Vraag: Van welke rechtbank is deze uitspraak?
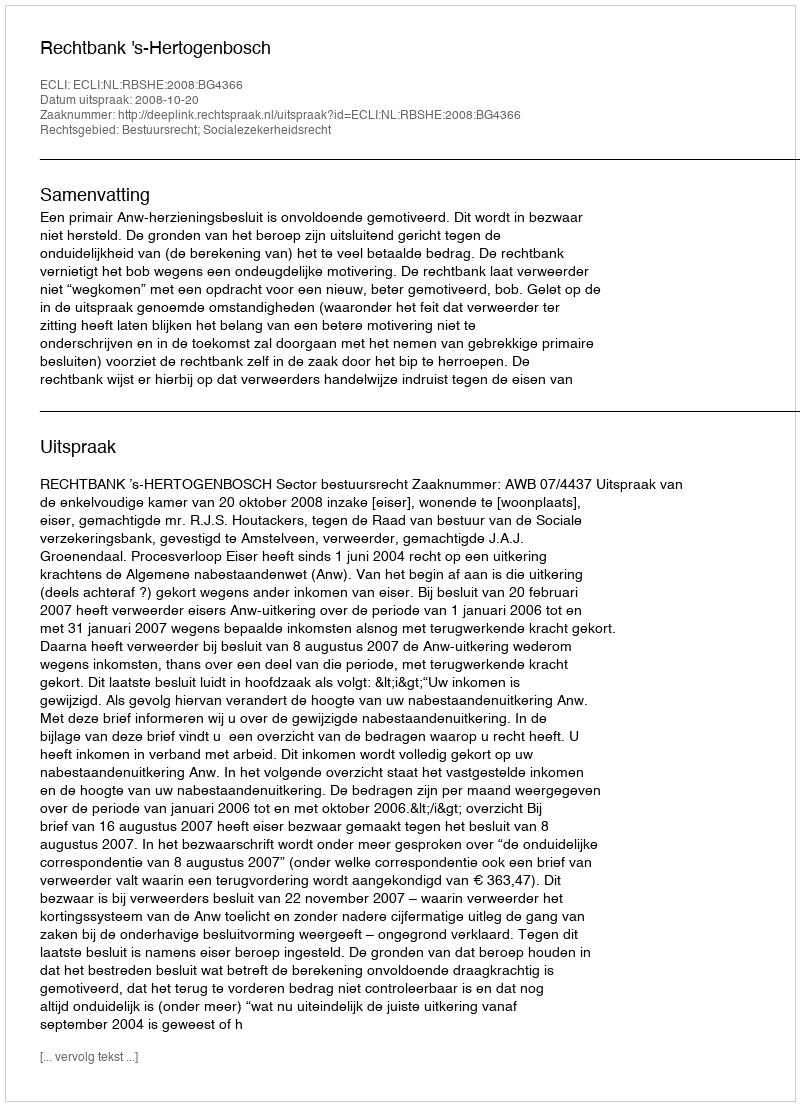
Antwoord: Rechtbank 's-Hertogenbosch